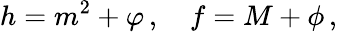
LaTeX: h=m^{2}+\varphi\, ,\quad f=M+\phi\, ,